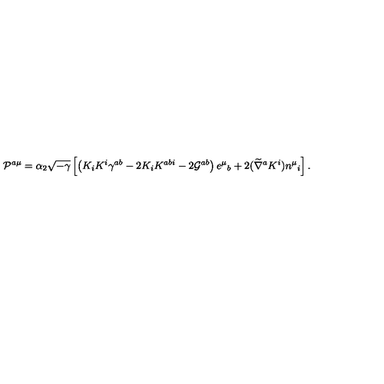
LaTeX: { \cal P } ^ { a \mu } = \alpha _ { 2 } \sqrt { - \gamma } \left[ \left( K _ { i } K ^ { i } \gamma ^ { a b } - 2 K _ { i } K ^ { a b i } - 2 { \cal G } ^ { a b } \right) e ^ { \mu } { } _ { b } + 2 ( \widetilde \nabla ^ { a } K ^ { i } ) n ^ { \mu } { } _ { i } \right] .